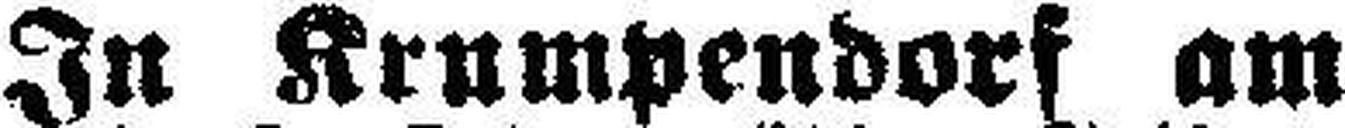
In Krumpendorf am